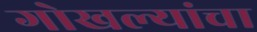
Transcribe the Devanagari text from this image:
गोखल्यांचा